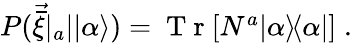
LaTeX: \begin{array}{r}{P(\vec{\bar{\xi}}|_{a}||\alpha\rangle)=\mathrm{~T~r~}[N^{a}|\alpha\rangle\! \langle\alpha|]\; .}\end{array}